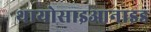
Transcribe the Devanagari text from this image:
थायोसाइआनाइड